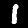
Label: 1